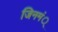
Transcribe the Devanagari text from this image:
जिनमं्